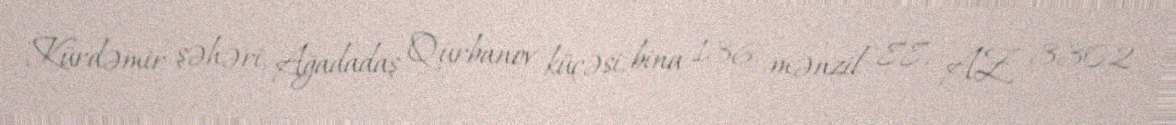
Kürdəmir şəhəri, Ağadadaş Qurbanov küçəsi, bina 136, mənzil 88, AZ 3302